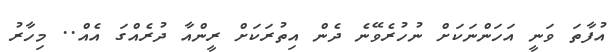
އުފާތަ ވަނީ އަހަންނަކަށް ނުހުރެވޭނެ ދެން އިތުރަކަށް ރީންއާ ދުރެއްގަ އެއް.. މިހާރު